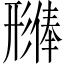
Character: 𪫊